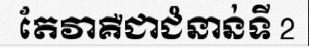
តែវាគឺជាជំនាន់ទី 2